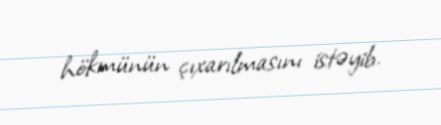
hökmünün çıxarılmasını istəyib.